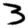
Digit: 3